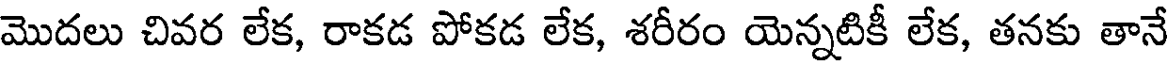
మొదలు చివర లేక, రాకడ పోకడ లేక, శరీరం యెన్నటికీ లేక, తనకు తానే